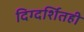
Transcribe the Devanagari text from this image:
दिग्दर्शितही